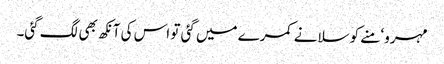
مہرو‘ منے کو سلانے کمرے میں گئی تو اس کی آنکھ بھی لگ گئی۔